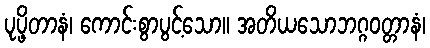
ပုပ္ဖိတာနံ၊ ကောင်းစွာပွင့်သော။ အတိယသောဘဂ္ဂဝတ္တာနံ၊